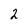
Character: 2